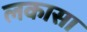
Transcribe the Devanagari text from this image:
लकासा